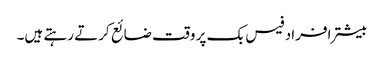
بیشتر افراد فیس بک پر وقت ضائع کرتے رہتے ہیں۔